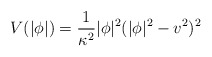
\begin{align*}V(|\phi|)=\frac{1}{\kappa^2}|\phi|^2(|\phi|^2-v^2)^2\end{align*}